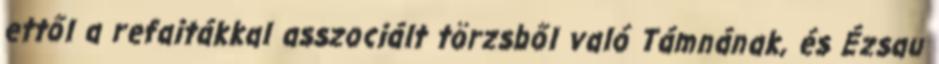
ettől a refaitákkal asszociált törzsből való Támnának, és Ézsau